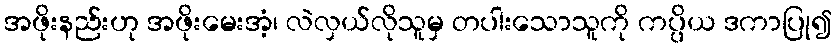
အဖိုးနည်းဟု အဖိုးမေးအံ့၊ လဲလှယ်လိုသူမှ တပါးသောသူကို ကပ္ပိယ ဒကာပြု၍